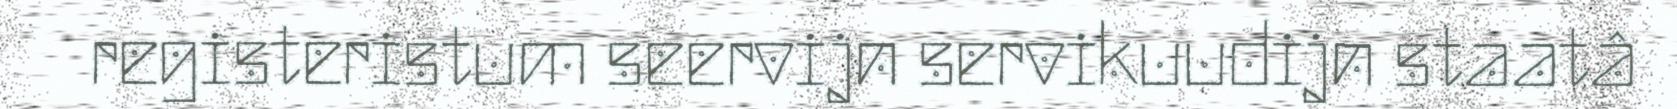
registeristum seervijn servikuudijn staatâ